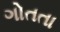
ગોતતા